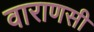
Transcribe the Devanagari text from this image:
वाराणसी